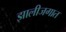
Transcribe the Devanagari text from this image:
झालीजगात